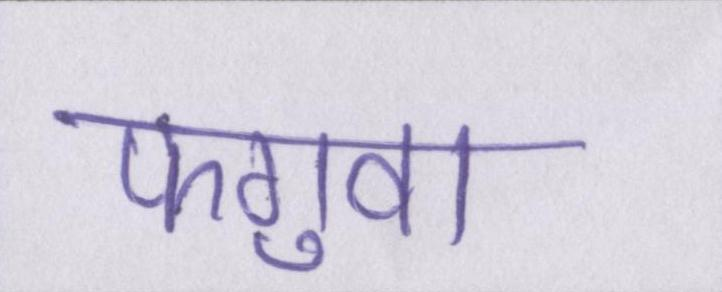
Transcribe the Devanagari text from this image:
फगुवा